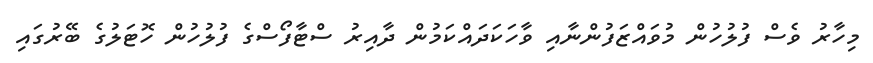
މިހާރު ވެސް ފުލުހުން މުވައްޒަފުންނާއި ވާހަކަދައްކަމުން ދާއިރު ސްޓާފޯސްގެ ފުލުހުން ހޮޓަލުގެ ބޭރުގައި